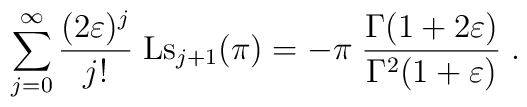
\sum_{j=0}^{\infty} \frac{(2\varepsilon)^j}{j!}\;\mbox{Ls}_{j+1}(\pi) =-\pi\; \frac{\Gamma(1+2\varepsilon)}{\Gamma^2(1+\varepsilon)} \; .